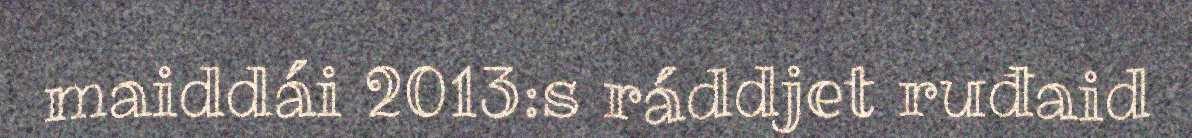
maiddái 2013:s ráddjet ruđaid